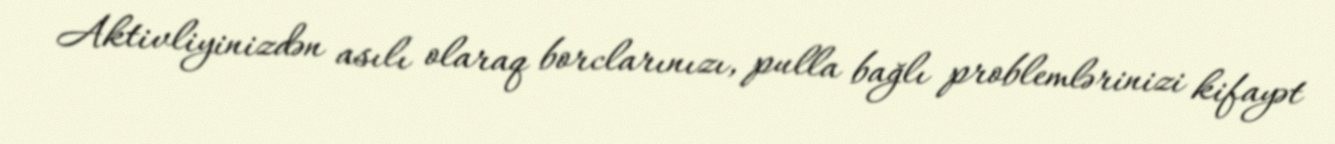
Aktivliyinizdən asılı olaraq borclarınızı, pulla bağlı problemlərinizi kifayət